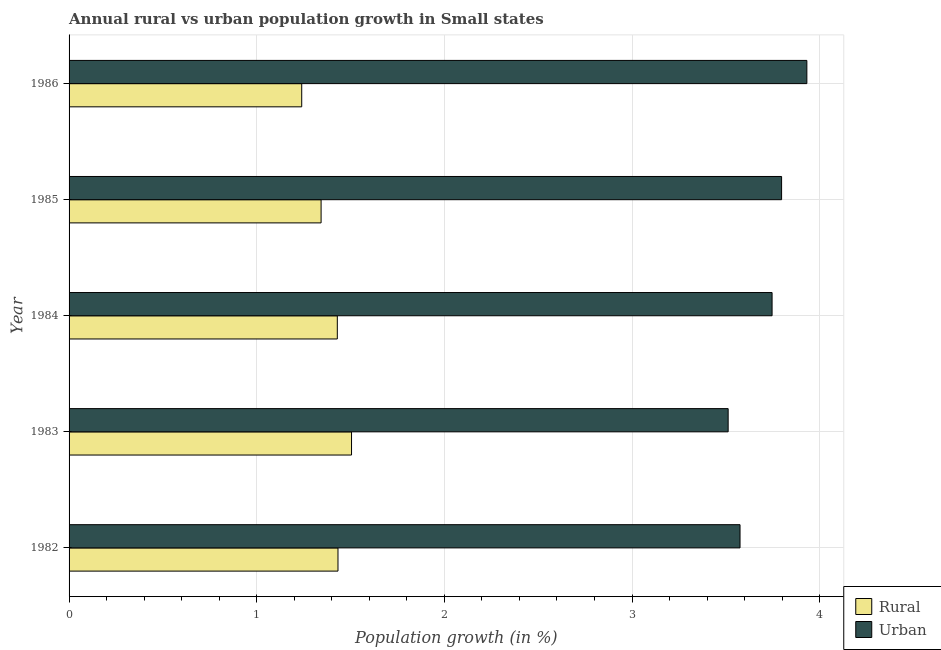
| Year | Rural | Urban  |
 | --- | --- | --- |
 | 1982 | 1.43 | 3.58 |
 | 1983 | 1.51 | 3.51 |
 | 1984 | 1.43 | 3.75 |
 | 1985 | 1.34 | 3.8 |
 | 1986 | 1.24 | 3.93 |